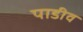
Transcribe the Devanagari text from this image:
पाडीव